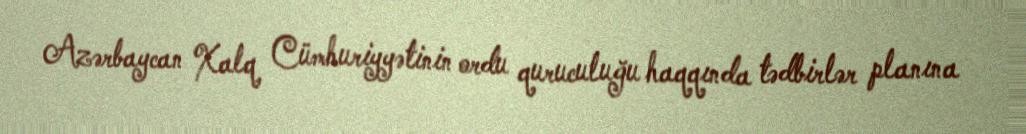
Azərbaycan Xalq Cümhuriyyətinin ordu quruculuğu haqqında tədbirlər planına